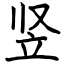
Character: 竖